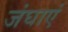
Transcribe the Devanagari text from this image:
जंघाएं